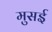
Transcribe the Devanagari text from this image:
मुसई